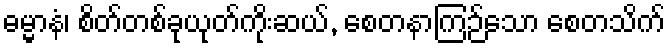
ဓမ္မာနံ၊ စိတ်တစ်ခုယုတ်ကိုးဆယ်, စေတနာကြဉ်သော စေတသိက်